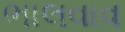
ભાલવાવ